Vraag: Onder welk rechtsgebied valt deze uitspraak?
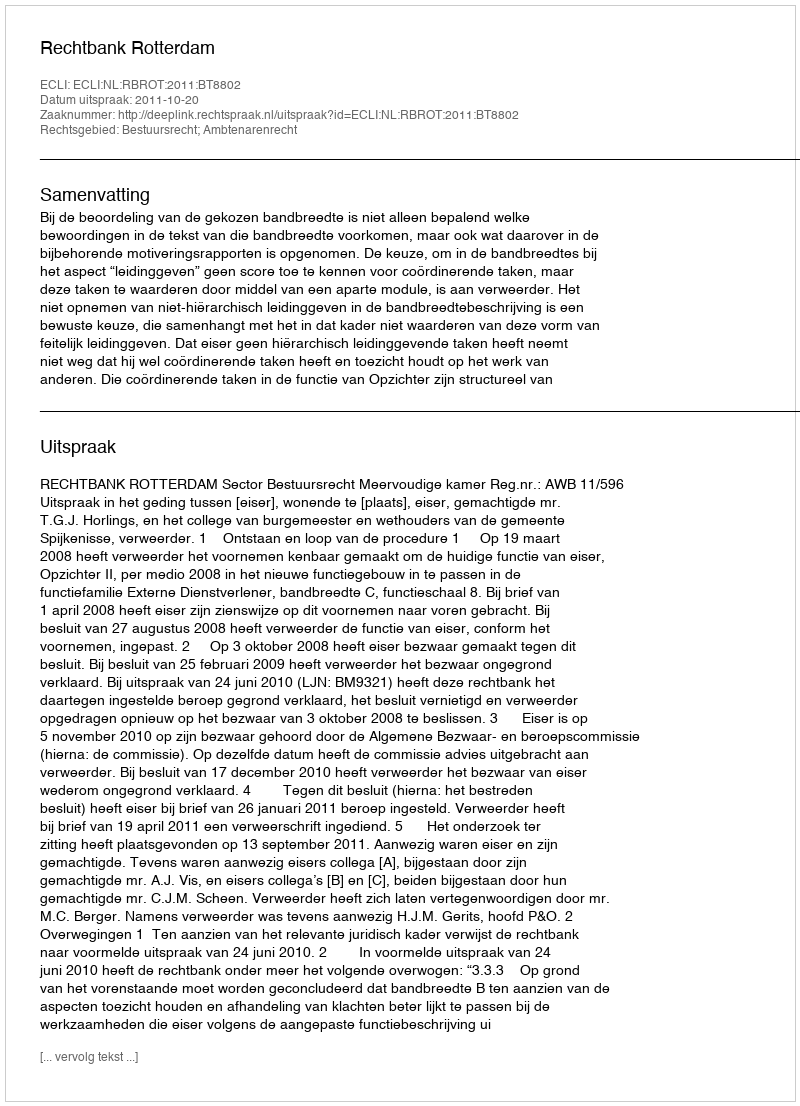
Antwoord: Bestuursrecht; Ambtenarenrecht